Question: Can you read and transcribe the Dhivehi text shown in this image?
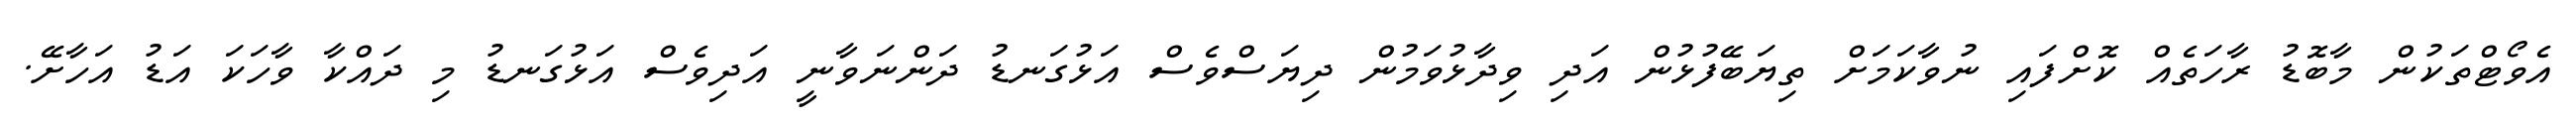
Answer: އެވޯޓްތަކުން މާބޮޑު ރާހަތެއް ކޮށްފައި ނުވާކަމަށް ތިޔަބޭފުޅުން އަދި ވިދާޅުވަމުން ދިޔަސްވެސް އަޅުގަނޑު ދަންނަވާނީ އަދިވެސް އަޅުގަނޑު މި ދައްކާ ވާހަކަ އަޑު އަހާށޭ.